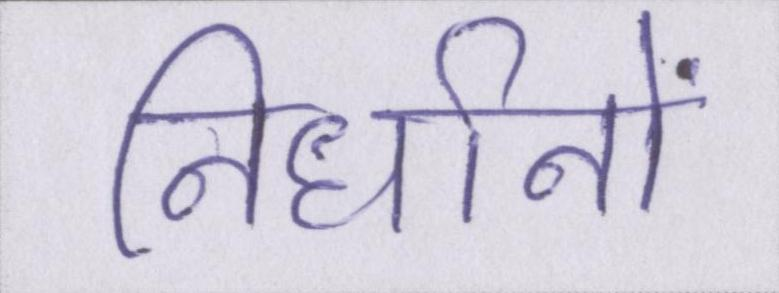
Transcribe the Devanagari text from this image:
निर्धानों